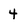
Character: 4